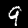
Label: 9